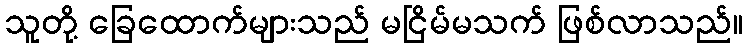
သူတို့ ခြေထောက်များသည် မငြိမ်မသက် ဖြစ်လာသည်။